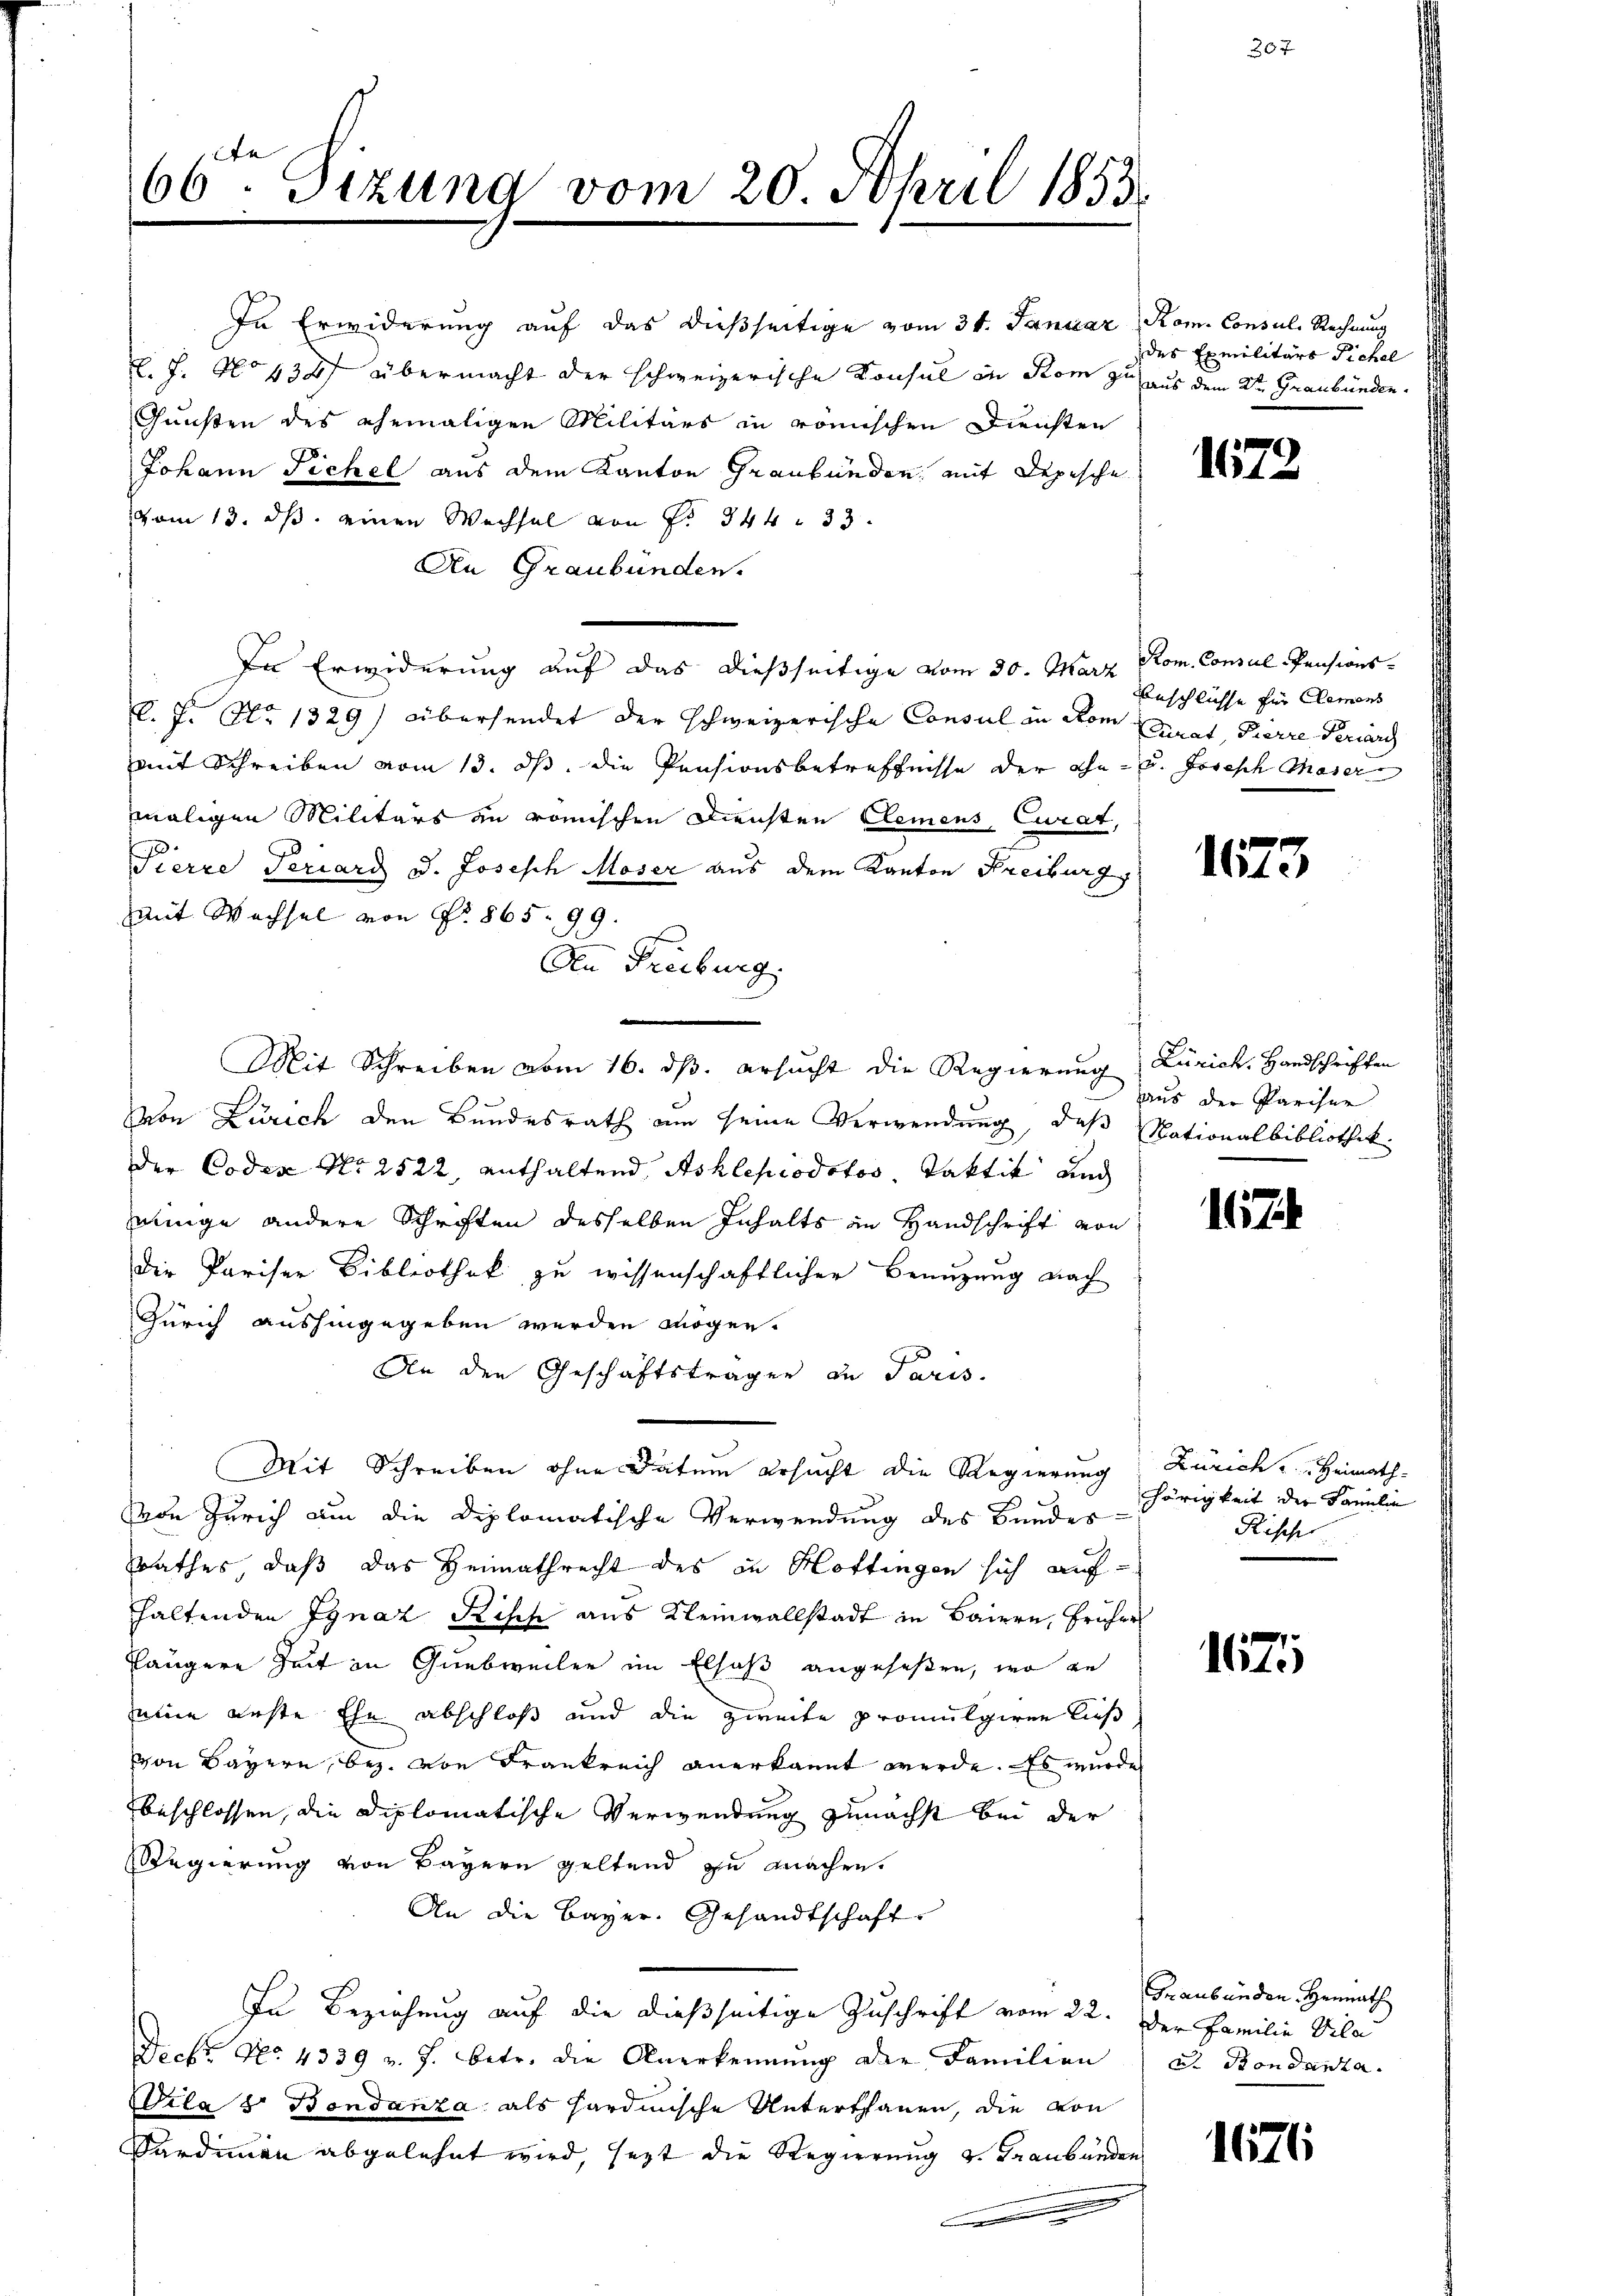
66ten Sizung vom 20. April 1853.

In Erwiderung auf das dießseitige vom 31. Januar Rom. Consuls Rechnung
L. 7. No 432 übermacht der schweizerische Konsul in Rom zu aus dem 2ten Graubünden.
Gunsten des ehemaligen Militärs in römischen Diensten
Johann Fichel aus dem Kanton Graubünden mit Depische
vom 13. ds. einen Wechsel von Fr. 844. 33.
An Graubünden.
In Erwiderung auf das dießseitige vom 30. März Rom. Consul -Pensions¬
K. J. No 1329) übersendet der schweizerische Consul in Rom Curat Pierre Periarc
mit Schreiben vom 13. ds. die Pensionsbetreffnisse der ihn u. Josisch Maser
maligen Militärs zu römischen Diensten Clemens, Curat,
20
Tierre Terrard u. Joseph Moser aus dem Kanton Freiburg
mit Wachsel von No. 865. 99.
von Zürich den Bundesrath am seine Verwendung, daß Nationalbibliothek
der Codex No 2522, enthaltend Ashlepiodotos, Taktik und
ninge andere Schriften desselben Inhalts in Handschrift von
die Pariser Bibliothek zu wissenschaftlicher Benutzung nach
Zürich aushingegeben werden mögen.
An den Geschäftstragen in Paris.
Mit Schreiben ohne Datum ersucht die Regierung
on Zürich um die Diplomatische Verwendung des Bundes
Rathes, daß das Heimathrecht des in Hottingen sich aufhaltenden Ignaz Risch aus Kleinwallstadt in Baiern, Früher
längere Zeit in Guabweiler im Elsaß angeseßen, wo ge
mie erste Ehe abschloß und die zweite promulgiren ließ
von Bayern, bez. von Frankreich anerkannt werde. Es wurde
beschlossen, die Diplomatische Verwendung zunächst bei der
Regierung von Bayern geltend zu machen,
An die Bayer. Gesandtschaft.
In Beziehung auf die dießseitige Zuschrift vom 22. Der Familie Vila
Ficht No. 4339 v. J. betr. die Anerkennung der Familien
Dila u. Bondanza als Hardmische Unterthanen, die von
Sardien abgelehnt wird, sezt die Regierung v. Graubünden
 |

An Freiburg.
.
Mit Schreiben vom 16. ds. ersucht die Regierung

des Exmilitärs Sichel

1672

Anschlüsse für Clemens

1673

Zürich, Handschriften
aus der Pariser

17

Zürich u. Heimath
hörigkeit der Familie
Rischer

171

.

Graubünden Heimath
at Rondanta.

1676